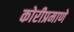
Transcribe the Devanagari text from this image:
कोरीप्रमाणे